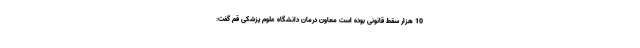
10 هزار سقط قانونی بوده است معاون درمان دانشگاه علوم پزشکی قم گفت: